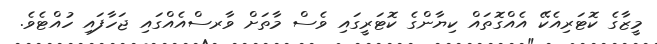
މީޒާގެ ކޮޓަރިއެކޭ އެއްގޮތައް ކިޔާންގެ ކޮޓަރީގައި ވެސް މާތަށް ވާރސްއެއްގައި ޖަހާފައި ހުއްޓެވެ.